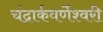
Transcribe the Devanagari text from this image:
चंद्रार्कवर्णेश्वरी